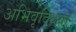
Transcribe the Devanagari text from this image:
अभिवृद्धियाँ